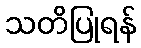
သတိပြုရန်